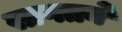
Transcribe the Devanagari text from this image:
सागतने